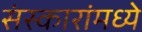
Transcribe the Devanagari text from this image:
संस्कारांमध्ये